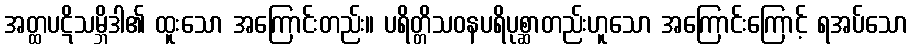
အတ္ထပဋိသမ္ဘိဒါ၏ ထူးသော အကြောင်းတည်း။ ပရိတ္တိသဝနပရိပုစ္ဆာတည်းဟူသော အကြောင်းကြောင့် ရအပ်သော